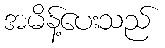
အမိန့်ပေးသည်